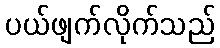
ပယ်ဖျက်လိုက်သည်